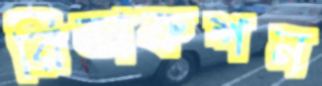
রিডাকশন